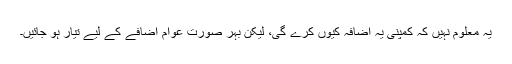
یہ معلوم نہیں کہ کمپنی یہ اضافہ کیوں کرے گی، لیکن بہر صورت عوام اضافے کے لیے تیار ہو جائیں۔